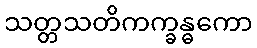
သတ္တသတိကက္ခန္ဓကော